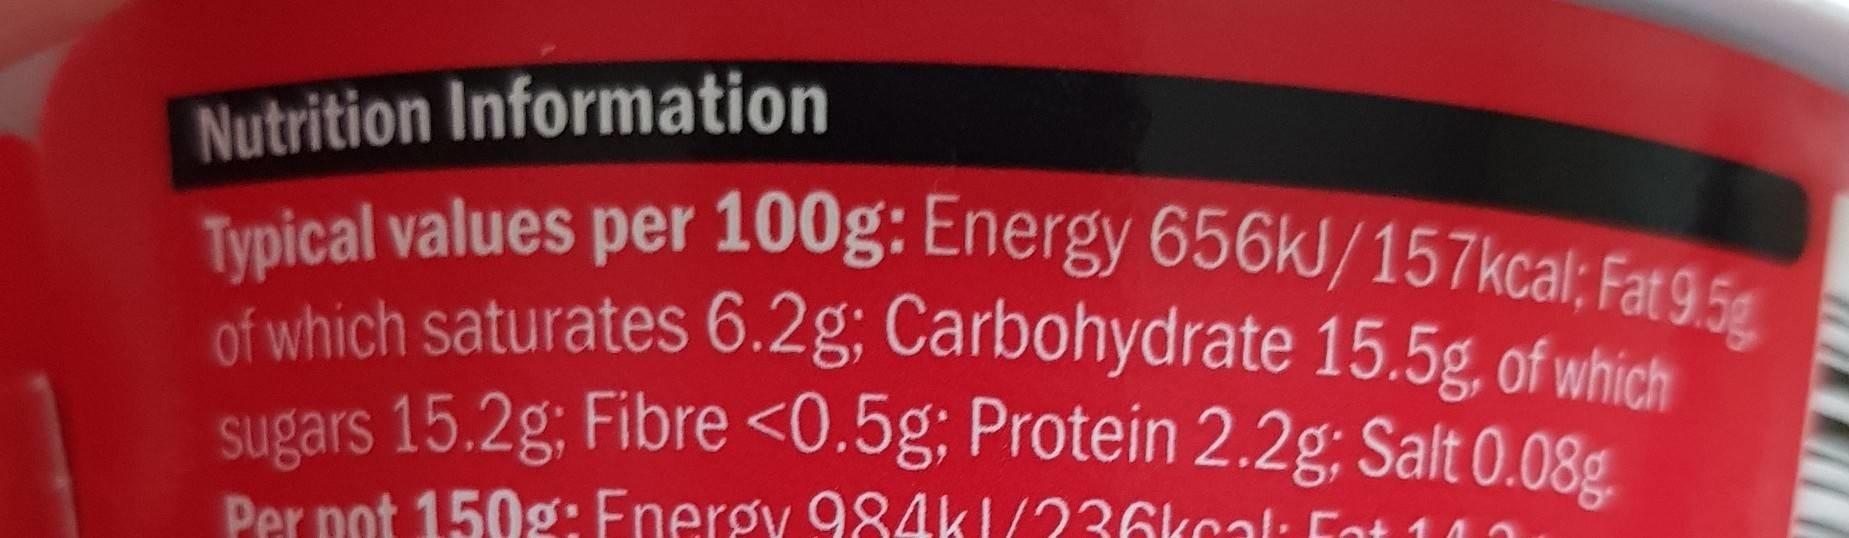
Nutrition Information Typical values per 100g: Energy 656KJ/157kcal; Fat 9.5g of which saturates 6.2g; Carbohydrate 15.5g, of which sugars 15.2g; Fibre <0.5g; Protein 2.2g; Salt 0.08g
Per pot 150g: Fnergy 984k1/?36kcal: Fot 110